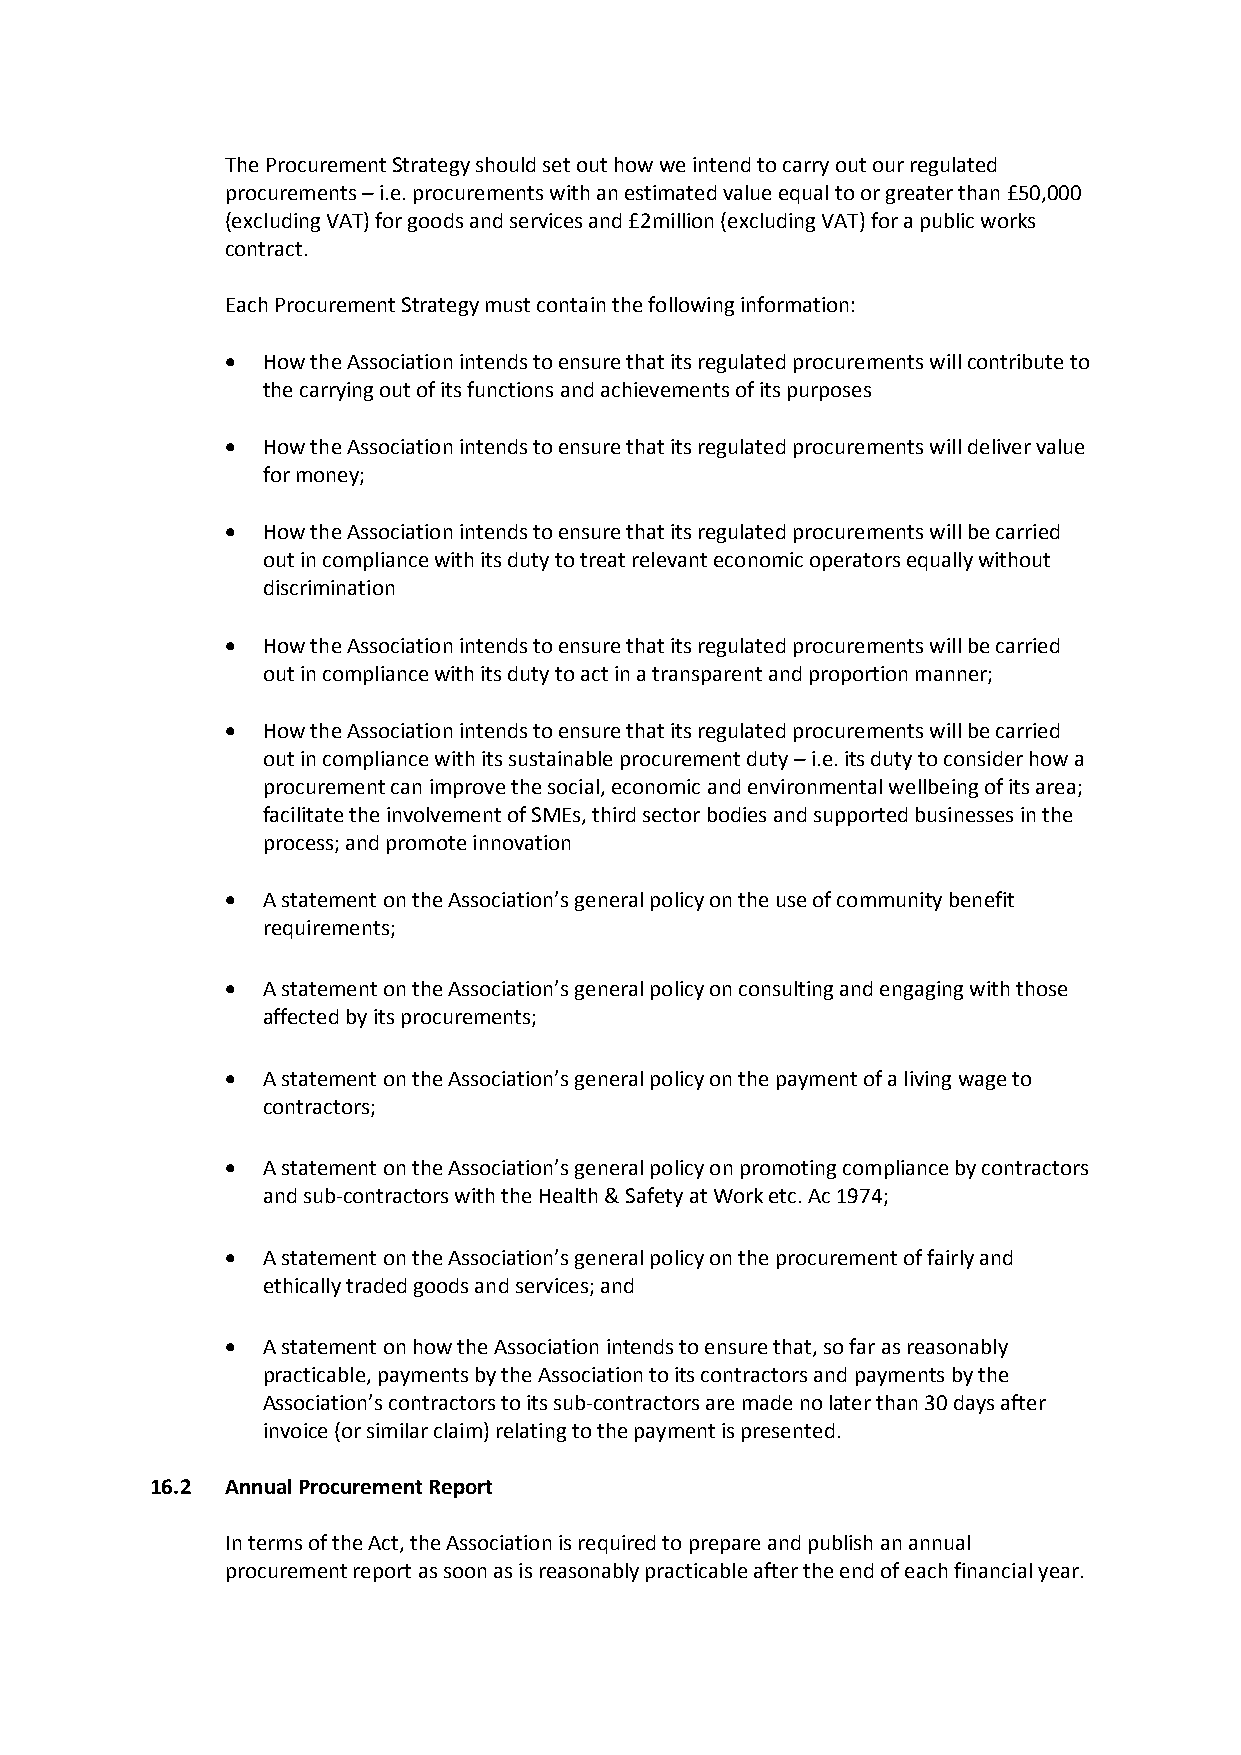
The Procurement Strategy should set out how we intend to carry out our regulated
 procurements – i.e. procurements with an estimated value equal to or greater than £50,000
 (excluding VAT) for goods and services and £2million (excluding VAT) for a public works
 contract.
 Each Procurement Strategy must contain the following information:
  How the Association intends to ensure that its regulated procurements will contribute to
 the carrying out of its functions and achievements of its purposes
  How the Association intends to ensure that its regulated procurements will deliver value
 for money;
  How the Association intends to ensure that its regulated procurements will be carried
 out in compliance with its duty to treat relevant economic operators equally without
 discrimination
  How the Association intends to ensure that its regulated procurements will be carried
 out in compliance with its duty to act in a transparent and proportion manner;
  How the Association intends to ensure that its regulated procurements will be carried
 out in compliance with its sustainable procurement duty – i.e. its duty to consider how a
 procurement can improve the social, economic and environmental wellbeing of its area;
 facilitate the involvement of SMEs, third sector bodies and supported businesses in the
 process; and promote innovation
  A statement on the Association’s general policy on the use of community benefit
 requirements;
  A statement on the Association’s general policy on consulting and engaging with those
 affected by its procurements;
  A statement on the Association’s general policy on the payment of a living wage to
 contractors;
  A statement on the Association’s general policy on promoting compliance by contractors
 and sub-contractors with the Health & Safety at Work etc. Ac 1974;
  A statement on the Association’s general policy on the procurement of fairly and
 ethically traded goods and services; and
  A statement on how the Association intends to ensure that, so far as reasonably
 practicable, payments by the Association to its contractors and payments by the
 Association’s contractors to its sub-contractors are made no later than 30 days after
 invoice (or similar claim) relating to the payment is presented.
 16.2 Annual Procurement Report
 In terms of the Act, the Association is required to prepare and publish an annual
 procurement report as soon as is reasonably practicable after the end of each financial year.